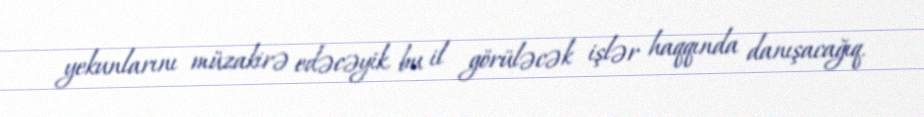
yekunlarını müzakirə edəcəyik, bu il görüləcək işlər haqqında danışacağıq.